King Institute of Preventive Medicine Micro-Biological Section reports 1909-11
Year: 1909
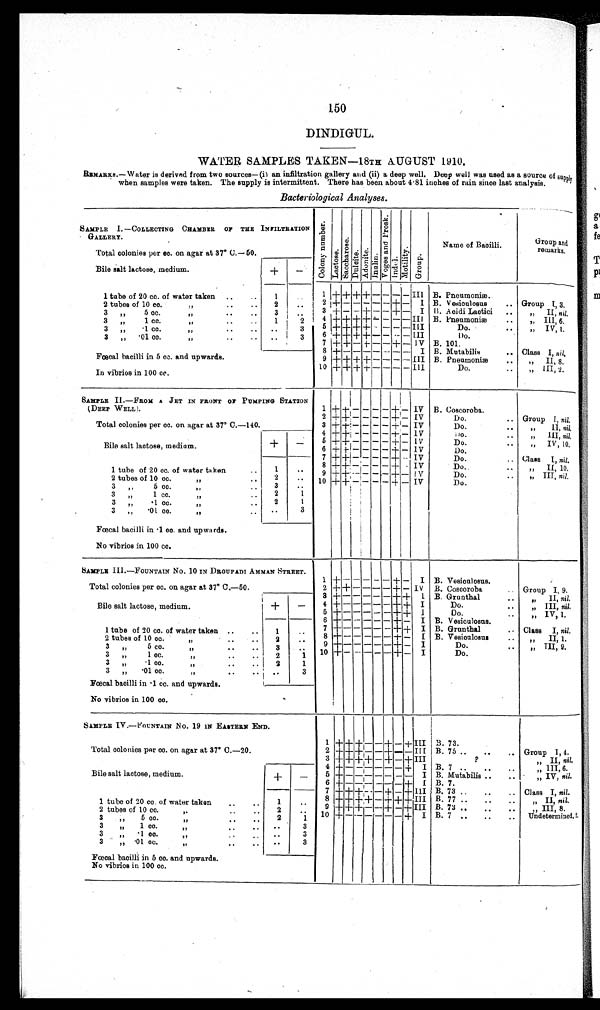
150
DINDIGUL.
WATER SAMPLES TAKEN—18TH AUGUST 1910.
REMARKS.—Water is derived from two sources—(i) an infiltration gallery and (ii) a deep well. Deep well was used as a source of
supply when samples were taken. The supply is intermittent. There has been about 4·81 inches of rain since last analysis.
Bacteriological Analyses.
SAMPLE I.—COLLECTING CHAMBER OF THE INFILTRATION
GALLERY.
C o l o n y n u m b e r . Lactose.Sacchar os e. Dulcite.Adoni t e.Inulin.
V o g e s a n d P r o s k . Indol.Mot i l i t y.Group.
Name of Bacilli.
Group and
remarks.
Total colonies per cc. on agar at 37° C.–60.
Bile salt lactose, medium.
+
−
1 tube of 20 cc. of water taken
1
1
+ + + +
− − − − III B. Pneumoniæ.
2 tubes of 10 cc.
„
2
2
+
− − − − −
+
−
I B. Vesiculosus
Group I, 3.
3 „ 5 cc
. „
3
3
+
− −
+
− −
+
−
I B. Aoidi Lactic
„ II, nil.
3 „ 1 cc.
„
1
2
4
+ + + +
− − − − III B. Pneumoniæ
,, III, 6.
3 „ ·1 cc.
„
3
5
+ + + +
− − − −
III
Do.
„ IV, 1.
3 „ ·01 cc.
„
3
6
+ + + +
− − − − III
Do.
Fœcal bacilli in 5 cc. and upwards.
7
+ +
−
+
− −
+
− IV B. 101.
8
+
− − − − − − −
I B. Mutabilis
Class I, nil.
9
+ + + +
− − − − III B. Pneumoniæ
„ II, 8.
In vibrios in 100 cc.
10
+ + + +
− − − −
III
Do.
„ III, 2.
SAMPLE II.—FROM A JET IN FRONT OF PUMPING STATION
(DEEP WELL).
1
+ +
− − − −
+
−
IV B. Coscoroba.
2
+ +
− − − −
+
− IV
Do.
Group I, nil.
Total colonies per cc. on agar at 37° C.–140.
3
+ +
− − − −
+
− IV
Do.
„ II, nil.
4
+ +
− − − −
+
−
IV
Do.
„ III, nil.
Bile salt lactose, medium.
+
−
5
+ +
− − − −
+
− IV
Do.
,,
IV, 10.
6
+ +
− − − −
+
− IV
Do.
7
+ +
− − − −
+
− IV
Do.
Class I, nil.
8
+ +
− − − −
+
− IV
Do.
„ II, 10.
1 tube of 20 cc. of water taken.
1
9
+ +
− − − −
+
− IV
Do.
„ III, nil.
2 tubes of 10 cc.
„
2
10
+ +
− − − −
+
− IV
Do.
3 „ 5 cc.
„
3
3 „ 1 cc.
„
2
1
3 „ ·1 cc.
„
2
1
3 „ ·01 cc.
„
3
Fœcal bacilli in ·1 cc. and upwards.
No vibrios in 100 cc.
SAMPLE III.—FOUNTAIN No. 10 IN DROUPADI AMMAN STREET.
1
+
− − − − −
+
−
I B. Vesiculosus.
Total colonies per cc. on agar at 37° C.–50.
2
+ +
− − − −
+
− IV B. Coscoroba
Group I, 9.
3
+
− − − − −
+ +
I B. Grunthal
„ II, nil.
Bile salt lactose, medium.
+
−
4
+
− − − − −
+ +
I
Do.
„ III, nil.
5
+
− − − − −
+ +
I
Do.
„ IV, 1.
6
+
− − − − −
+
−
I B. Vesiculosus.
1 tube of 20 cc. of water taken
1
7
+
− − − − −
+ +
I B. Grunthal
Class I, nil.
2 tubes of 10 cc.
„
2
8
+
− − − − −
+
−
I B. Vesionlosua
„ II, 1.
3 „ 5 cc.
„
3
9
+
− − − − −
+
−
I
Do.
„ III, 9.
3 „ 1 cc.
„
2
1
10
+
− − − − −
+
−
I
Do.
3 „ ·1 cc.
„
2
1
3 „ ·01 cc.
„
3
Fœcal bacilli in ·1 cc. and upwards.
No vibrios in 100 cc.
SAMPLE IV.—FOUNTAIN NO. 19 IN EASTERN END.
1
+ + +
− −
+
−
+
III B. 73.
Total colonies per cc. on agar at 37° C.–20.
2
+ + +
− −
+
− − III B. 75
Group I, 4.
3
+ + + +
−
+
−
+
III
?
„ II, nil.
4
+
− − − − − −
+
I B. 7
„ III,6.
Bile salt lactose, medium.
+
−
5
+
− − − − − − −
I B. Mutabilis
„ IV, nil.
6
+
− − − − − −
+
I B. 7.
7
+ + +
− −
+
−
+
III B. 73
Class I, nil.
1 tube of 20 cc. of water taken
1
8
+ + + +
−
+ + +
III B. 77
„ II, nil.
2 tubes of 10 cc.
„
2
9
+ + +
− −
+
−
+
III B. 73
„ III, 8.
3 „ 5 cc.
„
2
1
10
+
− − − − − −
+
I B. 7
Undetermined, 2
3 „ 1 cc
. „
3
3 „ ·1 cc.
„
3
3 „ ·01 cc.
„
3
Fœcal bacilli in 5 cc. and upwards.
No vibrios in 100 cc.